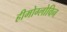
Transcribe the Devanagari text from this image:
हीमोग्लोविन